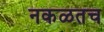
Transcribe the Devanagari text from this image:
नकळतच